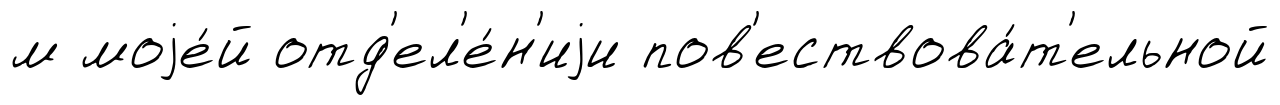
м моjе́й отд'ел'е́н'иjи пов'ествова́т'ельной